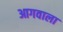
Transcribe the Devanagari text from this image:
आगवाला